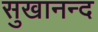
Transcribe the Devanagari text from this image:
सुखानन्द